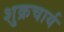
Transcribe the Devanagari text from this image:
शुक्रचार्य